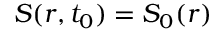
S ( r , t _ { 0 } ) = S _ { 0 } ( r )